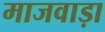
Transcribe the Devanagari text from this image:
माजवाड़ा